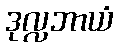
ဒုလ္လဘာယံ